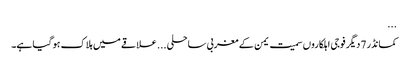
...
کمانڈر 7 دیگر فوجی اہلکاروں سمیت یمن کے مغربی ساحلی... علاقے میں ہلاک ہو گیا ہے۔